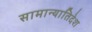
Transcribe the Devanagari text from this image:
सामान्यातिदेश